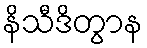
နိသီဒိတွာန